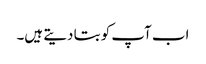
اب آپ کو بتا دیتے ہیں۔